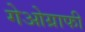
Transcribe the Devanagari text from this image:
गेओग्राफी